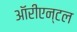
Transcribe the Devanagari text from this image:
ऑरीएन्टल